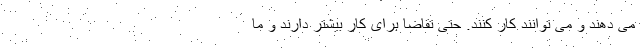
می دهند و می توانند کار کنند. حتی تقاضا برای کار بیشتر دارند و ما